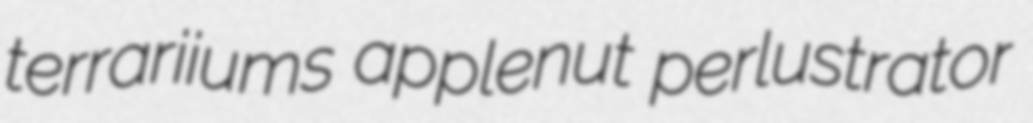
terrariiums applenut perlustrator